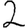
Digit: 2